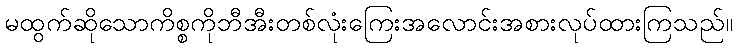
မထွက်ဆိုသောကိစ္စကိုဘီအီးတစ်လုံးကြေးအလောင်းအစားလုပ်ထားကြသည်။